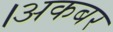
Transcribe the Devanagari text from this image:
।अकबर